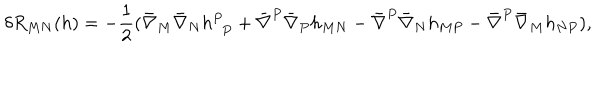
\delta R _ { M N } ( h ) = - { \frac { 1 } { 2 } } ( \bar { \nabla } _ { M } \bar { \nabla } _ { N } h _ { ~ ~ P } ^ { P } + \bar { \nabla } ^ { P } \bar { \nabla } _ { P } h _ { M N } - \bar { \nabla } ^ { P } \bar { \nabla } _ { N } h _ { M P } - \bar { \nabla } ^ { P } \bar { \nabla } _ { M } h _ { N P } ) ,